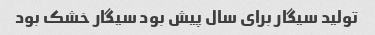
تولید سیگار برای سال‌ پیش بود سیگار خشک بود